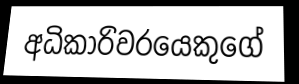
අධිකාරිවරයෙකුගේ